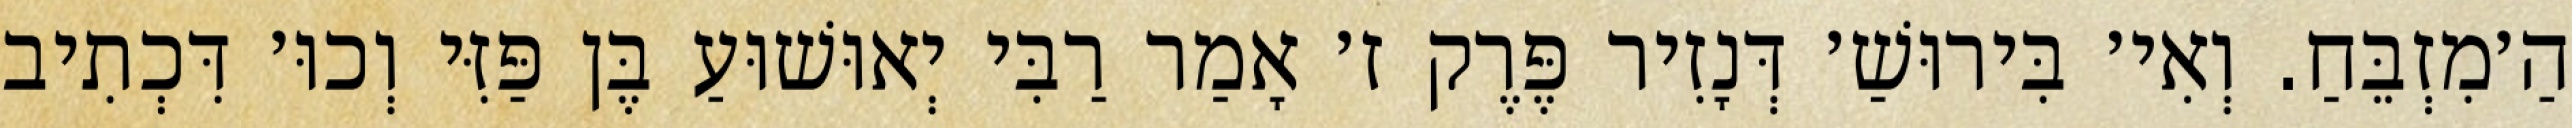
הַ׳מִזְבֵּחַ. וְאִי׳ בִּירוּשַׁ׳ דְּנָזִיר פֶּרֶק ז׳ אָמַר רַבִּי יְאוּשׁוּעַ בֶּן פַּזִּי וְכוּ׳ דִּכְתִיב